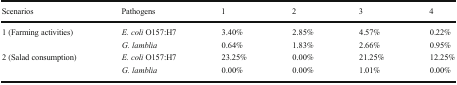
<table><thead><tr><td><b>Scenarios</b></td><td><b>Pathogens</b></td><td><b>1</b></td><td><b>2</b></td><td><b>3</b></td><td><b>4</b></td></tr></thead><tbody><tr><td rowspan="2">1 (Farming activities)</td><td><i>E. coli</i> O157:H7</td><td>3.40%</td><td>2.85%</td><td>4.57%</td><td>0.22%</td></tr><tr><td><i>G. lamblia</i></td><td>0.64%</td><td>1.83%</td><td>2.66%</td><td>0.95%</td></tr><tr><td rowspan="2">2 (Salad consumption)</td><td><i>E. coli</i> O157:H7</td><td>23.25%</td><td>0.00%</td><td>21.25%</td><td>12.25%</td></tr><tr><td><i>G. lamblia</i></td><td>0.00%</td><td>0.00%</td><td>1.01%</td><td>0.00%</td></tr></tbody></table>